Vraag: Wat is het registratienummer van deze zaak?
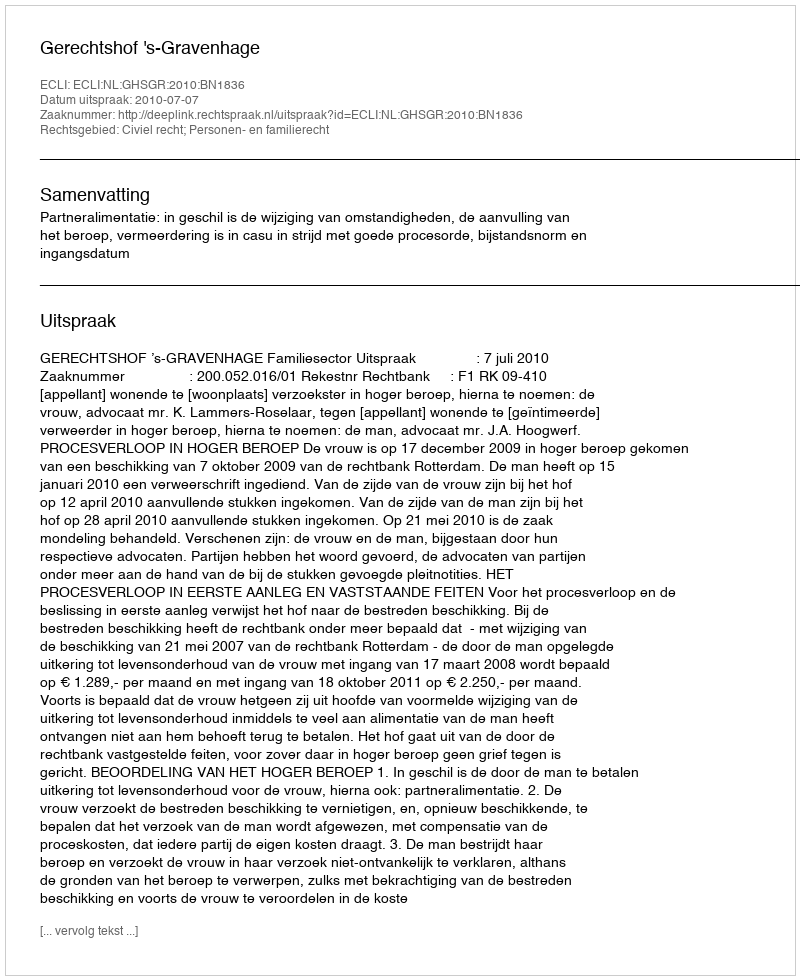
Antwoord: http://deeplink.rechtspraak.nl/uitspraak?id=ECLI:NL:GHSGR:2010:BN1836